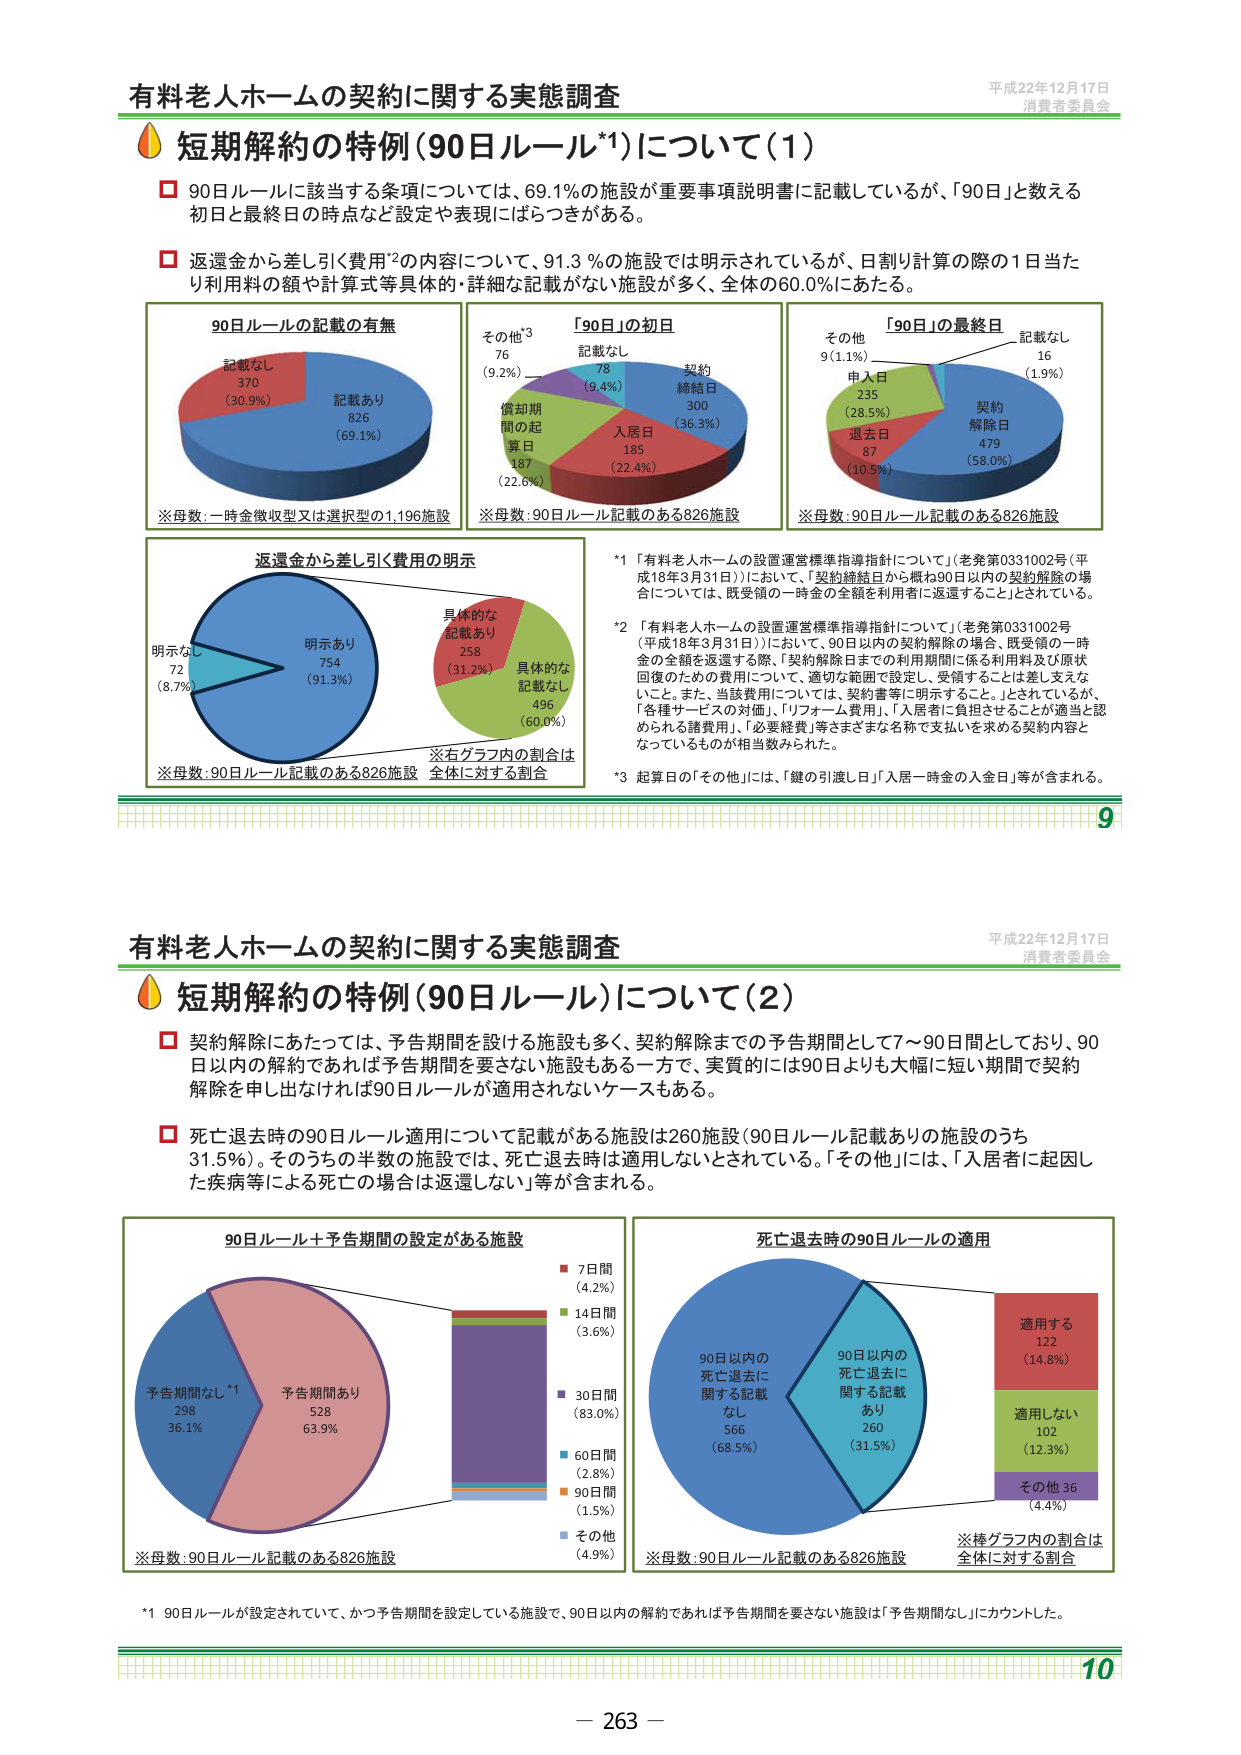
有料老人ホームの契約に関する実態調査
平成22年12月17日
消費者委員会

短期解約の特例（90日ルール*1）について（1）

□ 90日ルールに該当する条項については、69.1％の施設が重要事項説明書に記載しているが、「90日」に数える初日と最終日の時点など設定や表現にはらつきがある。

□ 返還金から差し引く費用*2の内容について、91.3％の施設では明示されているが、日割り計算の際の1日当たり利用料の額や計算式等具体的・詳細な記載がない施設が多く、全体の60.0％にあたる。

90日ルールの記載の有無
記載なし 370（30.9%）
記載あり 826（69.1%）
※母数：一時金徴収型又は選択型の1,196施設

「90日」の初日
記載なし 78（9.4%）
契約締結日 300（36.3%）
入居日 185（22.4%）
償却期間の起算日 187（22.6%）
その他*3 76（9.2%）
※母数：90日ルール記載のある826施設

「90日」の最終日
記載なし 16（1.9%）
契約解除日 479（58.0%）
退去日 87（10.5%）
申入日 235（28.5%）
その他 9（1.1%）
※母数：90日ルール記載のある826施設

返還金から差し引く費用の明示
明示あり 754（91.3%）
明示なし 72（8.7%）
※母数：90日ルール記載のある826施設

具体的な記載あり 258（31.2%）
具体的な記載なし 496（60.0%）
※右グラフ内の割合は全体に対する割合

*1 「有料老人ホームの設置運営標準指導指針について」（老発第0331002号（平成18年3月31日））において、「契約締結日から概ね90日以内の契約解除の場合については、既受領の一時金の全額を返還すること」とされている。

*2 「有料老人ホームの設置運営標準指導指針について」（老発第0331002号（平成18年3月31日））において、「90日以内の契約解除の場合、既受領の一時金の全額を返還する際、「契約解除日までの利用期間に係る利用料及び原状回復のための費用について、適切な範囲で設定し、受領することは差し支えないこと。また、当該費用については、契約書等に明示すること。」とされているが、「各種サービスの対価」、「リフォーム費用」、「入居者に負担させることが適当と認められる諸費用」、「必要経費」等さまざまな名称で支払いを求める契約内容となっているものが相当数みられた。

*3 起算日の「その他」には、「鍵の引渡し日」「入居一時金の入金日」等が含まれる。

9

有料老人ホームの契約に関する実態調査
平成22年12月17日
消費者委員会

短期解約の特例（90日ルール）について（2）

□ 契約解除にあたっては、予告期間を設ける施設も多く、契約解除までの予告期間として7～90日間としており、90日以内の解約であれば予告期間を要さない施設もある一方で、実質的には90日よりも大幅に短い期間で契約解除を申し出なければ90日ルールが適用されないケースもある。

□ 死亡退去時の90日ルール適用について記載がある施設は260施設（90日ルール記載ありの施設のうち31.5%）。そのうちの半数の施設では、死亡退去時は適用しないとされている。「その他」には、「入居者に起因した疾病等による死亡の場合は返還しない」等が含まれる。

90日ルール＋予告期間の設定がある施設
予告期間なし*1 298（36.1%）
予告期間あり 528（63.9%）
※母数：90日ルール記載のある826施設

7日間（4.2%）
14日間（3.6%）
30日間（83.0%）
60日間（2.8%）
90日間（1.5%）
その他（4.9%）

死亡退去時の90日ルールの適用
90日以内の死亡退去に関する記載あり 260（31.5%）
90日以内の死亡退去に関する記載なし 566（68.5%）
適用する 122（14.8%）
適用しない 102（12.3%）
その他 36（4.4%）
※母数：90日ルール記載のある826施設
※棒グラフ内の割合は全体に対する割合

*1 90日ルールが設定されていて、かつ予告期間を設定している施設で、90日以内の解約であれば予告期間を要さない施設は「予告期間なし」にカウントした。

10
－ 263 －